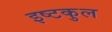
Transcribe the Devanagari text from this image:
इष्टकुल